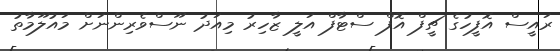
ރައީސް އޮފީހުގެ ޗީފް އޮފް ސްޓާފް އަލީ ޒާހިރު މިއަދު ނޫސްވެރިންނަށް މައުލޫމާތު